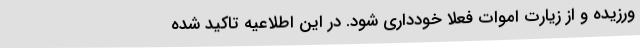
ورزیده و از زیارت اموات فعلا خودداری شود. در این اطلاعیه تاکید شده